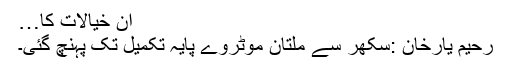
ان خیالات کا…
رحیم یارخان :سکھر سے ملتان موٹروے پایہ تکمیل تک پہنچ گئی۔